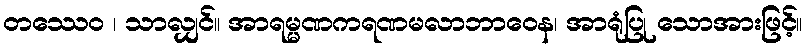
တဿေဝ ၊ သာလျှင်။ အာရမ္မဏကရဏမလာဘာဝေန၊ အာရုံပြု သောအားဖြင့်။